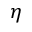
\eta